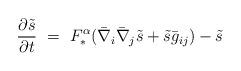
LaTeX: \begin{align*} \frac{\partial \tilde{s}}{\partial t}~=~F_*^{\alpha}(\bar{\nabla}_i\bar{\nabla}_j\tilde{s}+\tilde{s}\bar{g}_{ij})-\tilde{s}\end{align*}